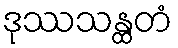
ဒုဿသန္ထတံ